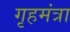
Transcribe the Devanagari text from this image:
गृहमंत्रा